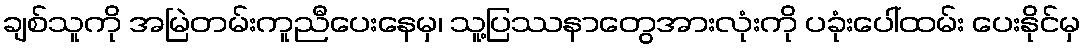
ချစ်သူကို အမြဲတမ်းကူညီပေးနေမှ၊ သူ့ပြဿနာတွေအားလုံးကို ပခုံးပေါ်ထမ်း ပေးနိုင်မှ